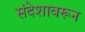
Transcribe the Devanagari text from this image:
संदेशावरून